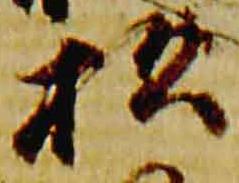
松